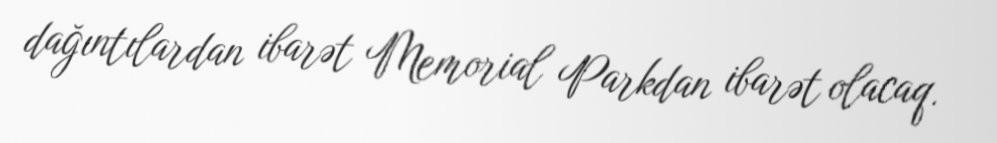
dağıntılardan ibarət Memorial Parkdan ibarət olacaq.